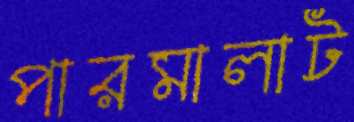
পারমালাট